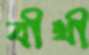
বীথী